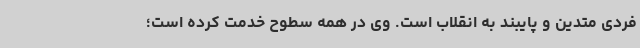
فردی متدین و پایبند به انقلاب است. وی در همه سطوح خدمت کرده است؛